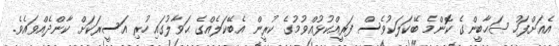
އެއަށްފަހު ޞަޙާބީންގެ ކޮންމެ ބޭކަލަކުވެސް ފަރީއްކުޅުއްވުމުގެ ކުރީން އެބޭކަލެއްގެ ޙަވާލުގައިހުރި އަސީރަކަށް ކާންދެއްވައެވެ.